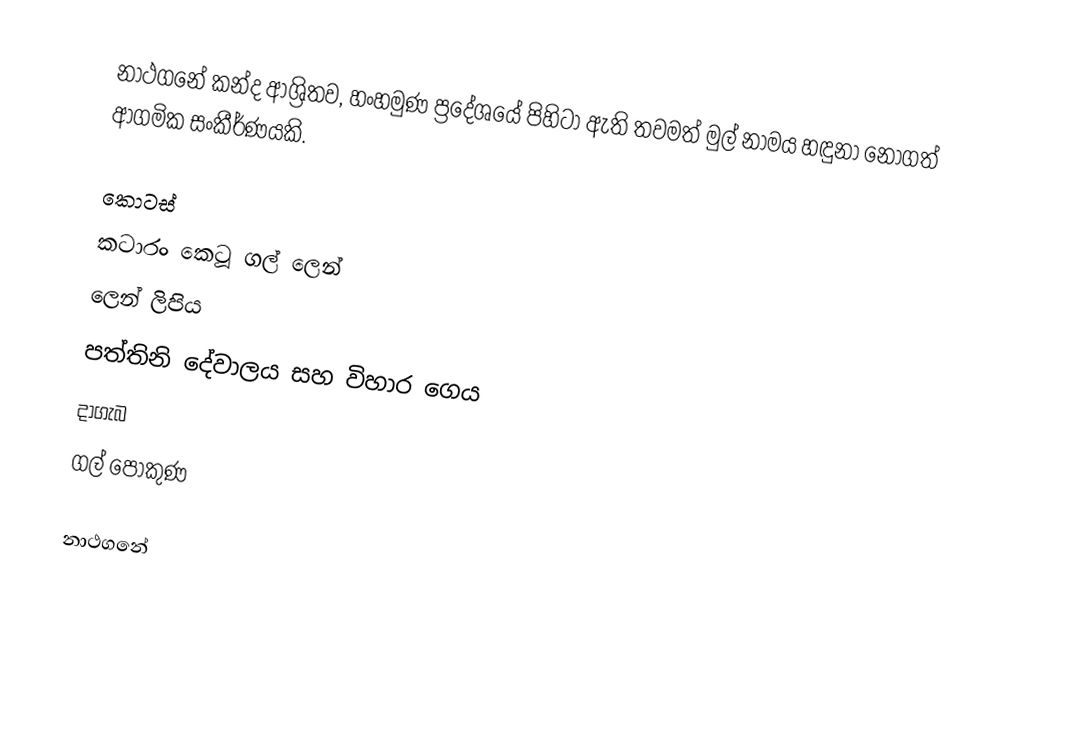
නාථගනේ කන්ද ආශ්‍රිතව, හංහමුණ ප්‍රදේශයේ පිහිටා ඇති තවමත් මුල් නාමය හඳුනා නොගත් ආගමික සංකීර්ණයකි.

කොටස්
 කටාරං කෙටූ ගල් ලෙන්
 ලෙන් ලිපිය
 පත්තිනි දේවාලය සහ විහාර ගෙය
 දාගැබ
 ගල් පොකුණ

නාථගනේ